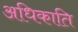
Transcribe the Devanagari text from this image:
अधिकाति